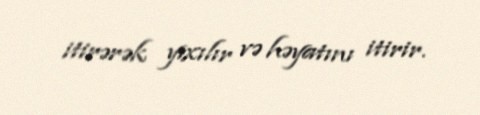
itirərək yıxılır və həyatını itirir.